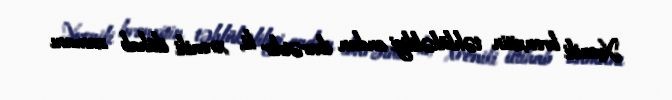
Xroniki bronxitin təhlükəliliyi ondan ibarətdir ki, xroniki iltihab zamanı